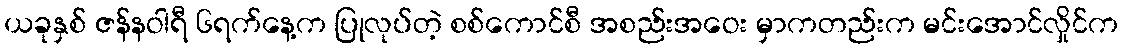
ယခုနှစ် ဇန်နဝါရီ ၆ရက်နေ့က ပြုလုပ်တဲ့ စစ်ကောင်စီ အစည်းအဝေး မှာကတည်းက မင်းအောင်လှိုင်က